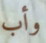
وأب